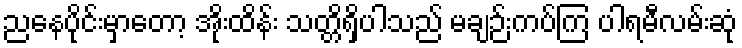
ညနေပိုင်းမှာတော့ အိုးထိန်း သတ္တိရှိပါသည် မချဉ်းကပ်ကြ ပါရမီလမ်းဆုံ